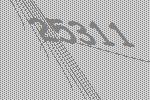
25311